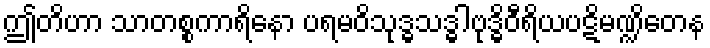
ဤတိဟာ သာတစ္စကာရိနော ပရမဝိသုဒ္ဓသဒ္ဓါဗုဒ္ဓိဝီရိယပဋိမဏ္ဍိတေန